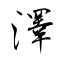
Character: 澤